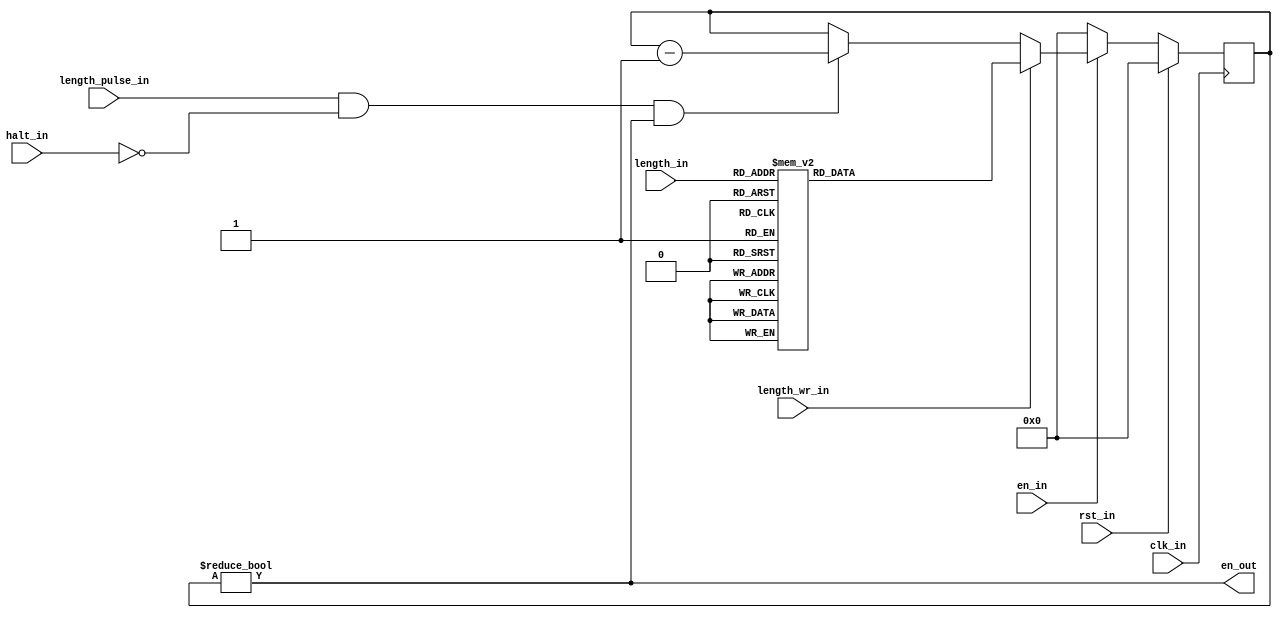
module apu_length_counter
(
  input  wire       clk_in,           
  input  wire       rst_in,           
  input  wire       en_in,            
  input  wire       halt_in,          
  input  wire       length_pulse_in,  
  input  wire [4:0] length_in,        
  input  wire       length_wr_in,     
  output wire       en_out            
);
reg  [7:0] q_length, d_length;
always @(posedge clk_in)
  begin
    if (rst_in)
      begin
        q_length <= 8'h00;
      end
    else
      begin
        q_length <= d_length;
      end
  end
always @*
  begin
    d_length = q_length;
    if (!en_in)
      begin
        d_length = 8'h00;
      end
    else if (length_wr_in)
      begin
        case (length_in)
          5'h00: d_length = 8'h0A;
          5'h01: d_length = 8'hFE;
          5'h02: d_length = 8'h14;
          5'h03: d_length = 8'h02;
          5'h04: d_length = 8'h28;
          5'h05: d_length = 8'h04;
          5'h06: d_length = 8'h50;
          5'h07: d_length = 8'h06;
          5'h08: d_length = 8'hA0;
          5'h09: d_length = 8'h08;
          5'h0A: d_length = 8'h3C;
          5'h0B: d_length = 8'h0A;
          5'h0C: d_length = 8'h0E;
          5'h0D: d_length = 8'h0C;
          5'h0E: d_length = 8'h1A;
          5'h0F: d_length = 8'h0E;
          5'h10: d_length = 8'h0C;
          5'h11: d_length = 8'h10;
          5'h12: d_length = 8'h18;
          5'h13: d_length = 8'h12;
          5'h14: d_length = 8'h30;
          5'h15: d_length = 8'h14;
          5'h16: d_length = 8'h60;
          5'h17: d_length = 8'h16;
          5'h18: d_length = 8'hC0;
          5'h19: d_length = 8'h18;
          5'h1A: d_length = 8'h48;
          5'h1B: d_length = 8'h1A;
          5'h1C: d_length = 8'h10;
          5'h1D: d_length = 8'h1C;
          5'h1E: d_length = 8'h20;
          5'h1F: d_length = 8'h1E;
        endcase
      end
    else if (length_pulse_in && !halt_in && (q_length != 8'h00))
      begin
        d_length = q_length - 8'h01;
      end
  end
assign en_out = (q_length != 8'h00);
endmodule